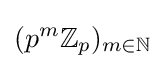
(p^{m}\mathbb {Z} _{p})_{m\in \mathbb {N} }